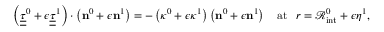
\left( \underline { { \underline { { { \tau } } } } } ^ { 0 } + \epsilon \underline { { \underline { { { \tau } } } } } ^ { 1 } \right) \cdot \left( { \bf n } ^ { 0 } + \epsilon { \bf n } ^ { 1 } \right) = - \left( \kappa ^ { 0 } + \epsilon \kappa ^ { 1 } \right) \left( { \bf n } ^ { 0 } + \epsilon { \bf n } ^ { 1 } \right) \quad \mathrm { a t ~ } \ r = \mathcal { R } _ { \mathrm { i n t } } ^ { 0 } + \epsilon \eta ^ { 1 } ,